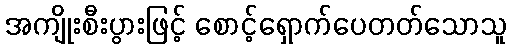
အကျိုးစီးပွားဖြင့် စောင့်ရှောက်ပေတတ်သောသူ